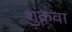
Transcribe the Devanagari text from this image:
शुक्रवा